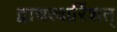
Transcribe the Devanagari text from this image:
द्वाचत्वारिंशत्